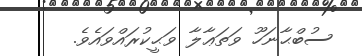
ސުބްޙާނަހޫ ވަތަޢާލާ ވަޙީކުރައްވައެވެ.